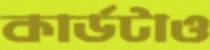
কার্ডটাও